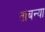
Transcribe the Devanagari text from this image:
तांबन्या